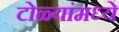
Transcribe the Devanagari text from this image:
टोळ्यांमध्ये